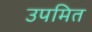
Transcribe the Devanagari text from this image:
उपमित